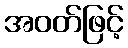
အဝတ်ဖြင့်